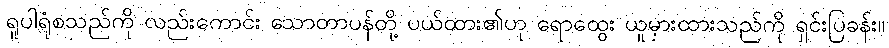
ရူပါရုံစသည်ကို လည်းကောင်း သောတာပန်တို့ ပယ်ထား၏ဟု ရောထွေး ယူမှားထားသည်ကို ရှင်းပြခန်း။